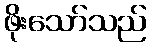
ဖိုးသော်သည်